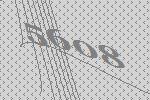
5608